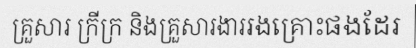
គ្រួសារ ក្រីក្រ និងគ្រួសារងាររងគ្រោះផងដែរ